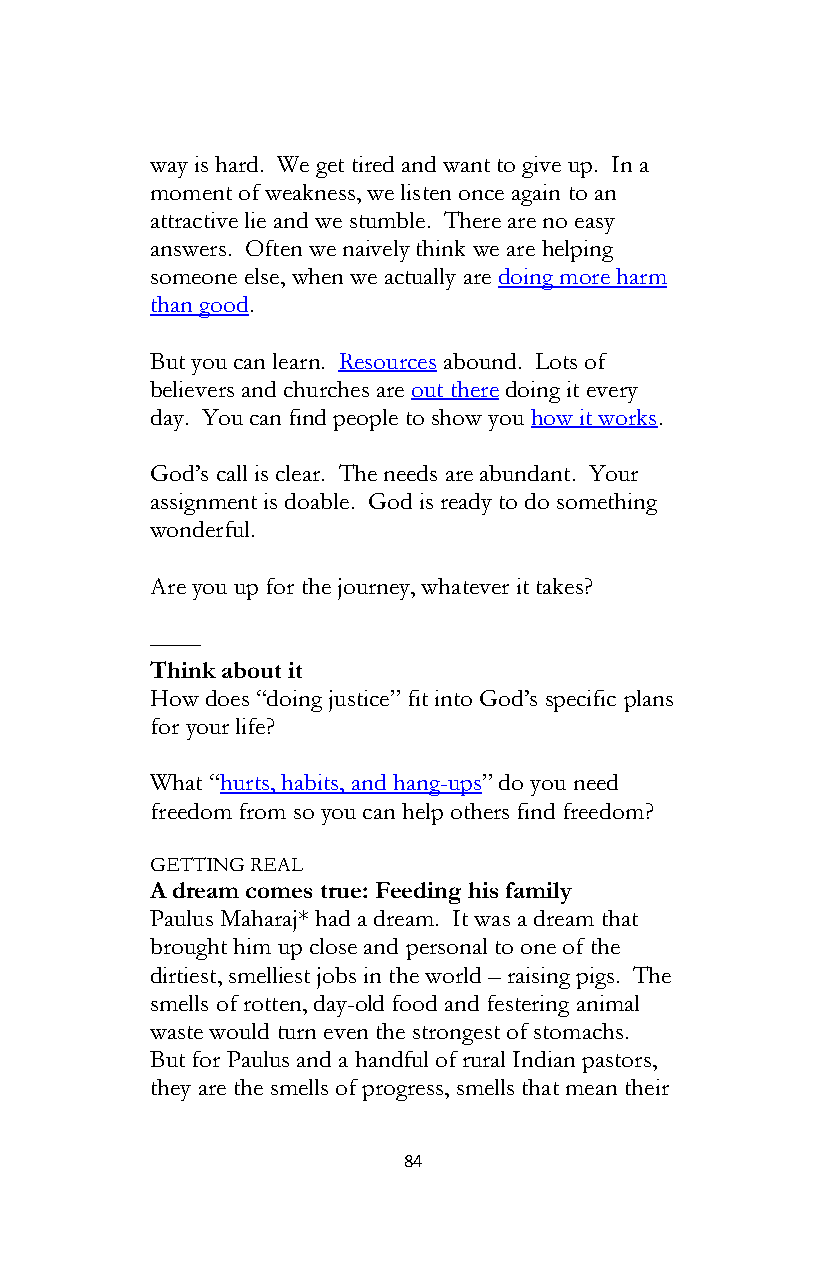
way is hard. We get tired and want to give up. In a
 moment of weakness, we listen once again to an
 attractive lie and we stumble. There are no easy
 answers. Often we naively think we are helping
 someone else, when we actually are doing more harm
 than good.
 But you can learn. Resources abound. Lots of
 believers and churches are out there doing it every
 day. You can find people to show you how it works.
 God’s call is clear. The needs are abundant. Your
 assignment is doable. God is ready to do something
 wonderful.
 Are you up for the journey, whatever it takes?
 ––––
 Think about it
 How does “doing justice” fit into God’s specific plans
 for your life?
 What “hurts, habits, and hang-ups” do you need
 freedom from so you can help others find freedom?
 GETTING REAL
 A dream comes true: Feeding his family
 Paulus Maharaj* had a dream. It was a dream that
 brought him up close and personal to one of the
 dirtiest, smelliest jobs in the world – raising pigs. The
 smells of rotten, day-old food and festering animal
 waste would turn even the strongest of stomachs.
 But for Paulus and a handful of rural Indian pastors,
 they are the smells of progress, smells that mean their
 84